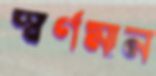
স্বর্ণমান